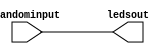
`timescale 1ns / 1ps
//////////////////////////////////////////////////////////////////////////////////
// Company: 
// Engineer: 
// 
// Design Name: 
// Module Name:    ledrandom 
// Project Name: 
// Target Devices: 
// Tool versions: 
// Description: 
//
// Dependencies: 
//
// Revision: 
// Revision 0.01 - File Created
// Additional Comments: 
//
//////////////////////////////////////////////////////////////////////////////////
module ledrandom(randominput,ledsout
    );
	 
	 //This module is taking the 4-bit random number
	 //generated by random number generator and lights
	 //the LEDs.For example if the number is 1011 then
	 //first,second and fourth LEDs will light.The reason
	 //i did this module is that i couldn't directly use
	 //the output because in Verilog we can't use 1 input or
	 //output in more than 1 always block in 1 module.
	 input [3:0] randominput;
	 output reg [3:0] ledsout;
	 
	 always @(randominput[0] or randominput[1] or randominput[2] or randominput[3]) begin
	 
	 ledsout = randominput;
	 end
	         

endmodule